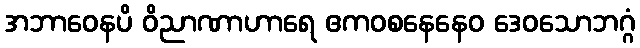
အဘာဝေနပိ ဝိညာဏာဟာရေ ဧကဝစနေနေဝ ဒေဝသောဘဂ္ဂံ